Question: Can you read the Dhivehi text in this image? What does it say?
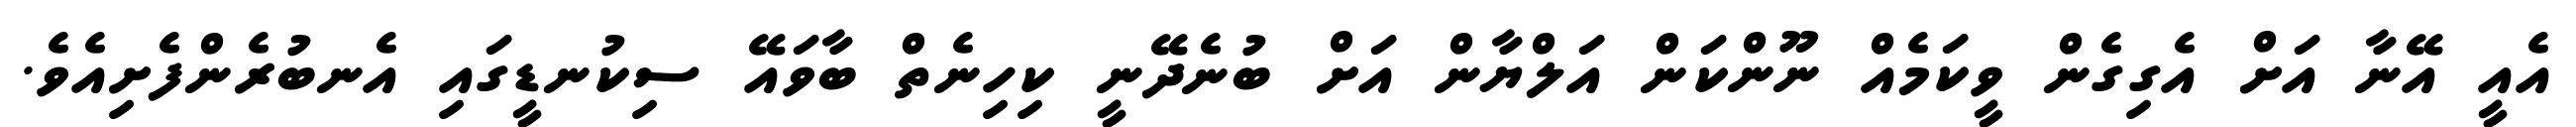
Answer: އެއީ އޭނާ އަށް އެގިގެން ވީކަމެއް ނޫންކަން އަލްޔާން އަށް ބުނެދޭނީ ކިހިނެތް ބާވައޭ ސިކުނޑީގައި އެނބުރެންފެށިއެވެ.